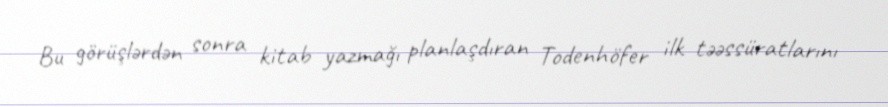
Bu görüşlərdən sonra kitab yazmağı planlaşdıran Todenhöfer ilk təəssüratlarını